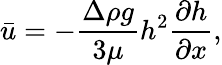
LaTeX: \bar{u}=-\frac{\Delta\rho g}{3\mu}h^{2}\frac{\partial h}{\partial x},